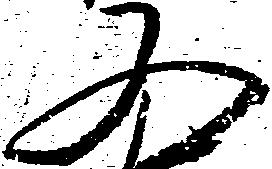
又